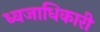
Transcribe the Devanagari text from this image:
ध्वजाधिकारी